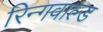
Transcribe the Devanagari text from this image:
रिन्गवाल्ड